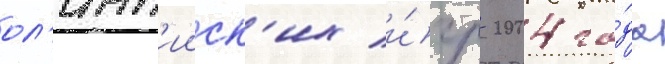
ол'имп'ииск'их и́гр 2004 го́да